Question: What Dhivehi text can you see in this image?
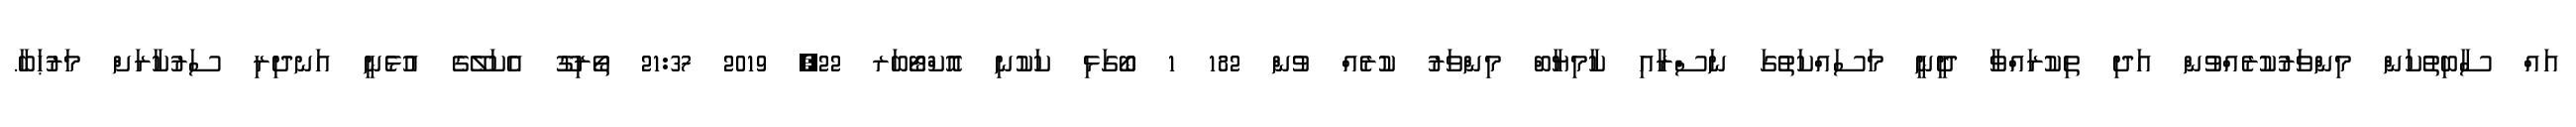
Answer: އައް ސާބިތުކަން މިންވަރުކުރެއްވުން އަދި ތިކުރައްވާ ދީނީ މަސައްކަތުގަ ނަސްރާއި ކާމިޔާބް މިންވަރު ކުރެއް ވުން 182 1 ބޯގަޅި ކަކުނި އޮކްޓޯބަރ 22, 2019 21:37 ތޯރިގޫ އެކަލޭގެ އުޅެނީ އަނދިރި ސަރުކާރަށް މަރުޙަބާ.